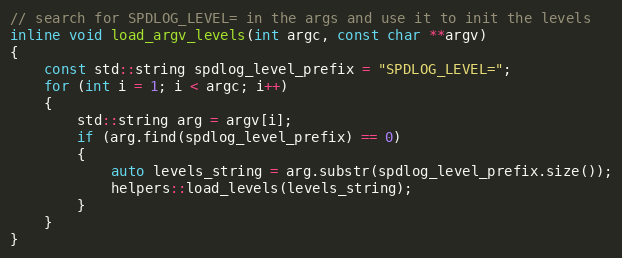
Language: C
// search for SPDLOG_LEVEL= in the args and use it to init the levels
inline void load_argv_levels(int argc, const char **argv)
{
    const std::string spdlog_level_prefix = "SPDLOG_LEVEL=";
    for (int i = 1; i < argc; i++)
    {
        std::string arg = argv[i];
        if (arg.find(spdlog_level_prefix) == 0)
        {
            auto levels_string = arg.substr(spdlog_level_prefix.size());
            helpers::load_levels(levels_string);
        }
    }
}